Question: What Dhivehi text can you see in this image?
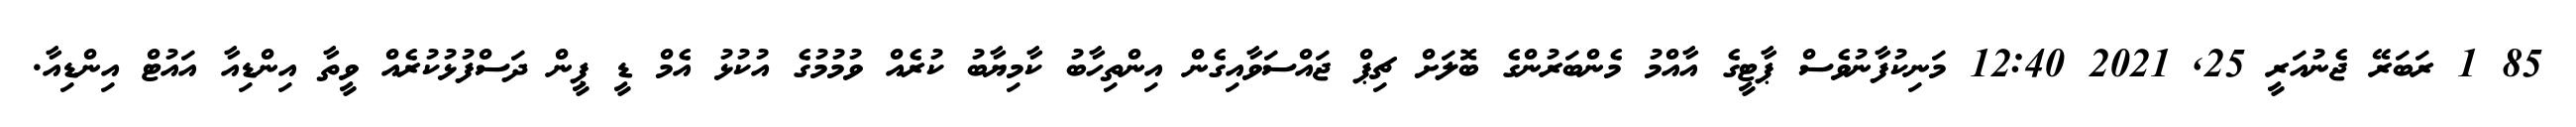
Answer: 85 1 ރަބަރޭ ޖެނުއަރީ 25, 2021 12:40 މަނިކުފާނުވެސް ޕާޓީގެ އާއްމު މެންބަރުންގެ ބޮލަށް ޗިޕް ޖައްސަވާއިގެން އިންތިހާބު ކާމިޔާބު ކުރެއް ވުމުމުގެ އުކުޅު އެމް ޑީ ޕީން ދަސްފުޅުކުރެއް ވީތާ އިންޑިއާ އައުޓް އިންޑިއާ.